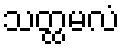
သတ္ထမလံ